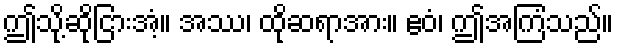
ဤသို့ဆိုငြားအံ့။ အဿ၊ ထိုဆရာအား။ ဧဝံ၊ ဤအကြံသည်။